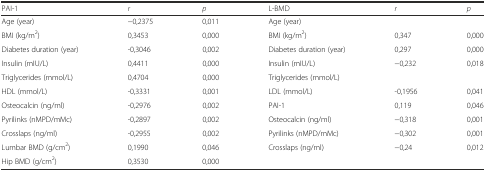
| PAI-1 | r | p | L-BMD | r | p |
 | --- | --- | --- | --- | --- | --- |
 | Age (year) | −0,2375 | 0,011 | Age (year) |  |  |
 | BMI (kg/m2) | 0,3453 | 0,000 | BMI (kg/m2) | 0,347 | 0,000 |
 | Diabetes duration (year) | -0,3046 | 0,002 | Diabetes duration (year) | 0,297 | 0,000 |
 | Insulin (mIU/L) | 0,4411 | 0,000 | Insulin (mIU/L) | −0,232 | 0,018 |
 | Triglycerides (mmol/L) | 0,4704 | 0,000 | Triglycerides (mmol/L) |  |  |
 | HDL (mmol/L) | -0,3331 | 0,001 | LDL (mmol/L) | -0,1956 | 0,041 |
 | Osteocalcin (ng/ml) | -0,2976 | 0,002 | PAI-1 | 0,119 | 0,046 |
 | Pyrilinks (nMPD/mMc) | -0,2897 | 0,002 | Osteocalcin (ng/ml) | −0,318 | 0,001 |
 | Crosslaps (ng/ml) | -0,2955 | 0,002 | Pyrilinks (nMPD/mMc) | −0,302 | 0,001 |
 | Lumbar BMD (g/cm2) | 0,1990 | 0,046 | Crosslaps (ng/ml) | −0,24 | 0,012 |
 | Hip BMD (g/cm2) | 0,3530 | 0,000 |  |  |  |